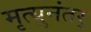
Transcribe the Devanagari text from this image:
मृत्युनंतर्